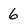
Character: 6